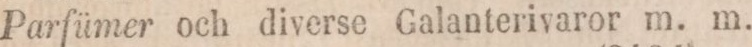
Parfümer och diverse Galanterivaror m. m.